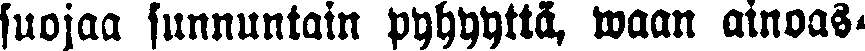
suojaa sunnuntain pyhyyttä, waan ainoas-